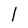
Character: 1